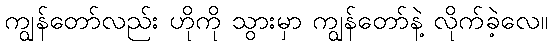
ကျွန်တော်လည်း ဟိုကို သွားမှာ ကျွန်တော်နဲ့ လိုက်ခဲ့လေ။